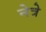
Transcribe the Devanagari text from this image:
नेत्रे